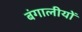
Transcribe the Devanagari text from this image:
बंगालीयों